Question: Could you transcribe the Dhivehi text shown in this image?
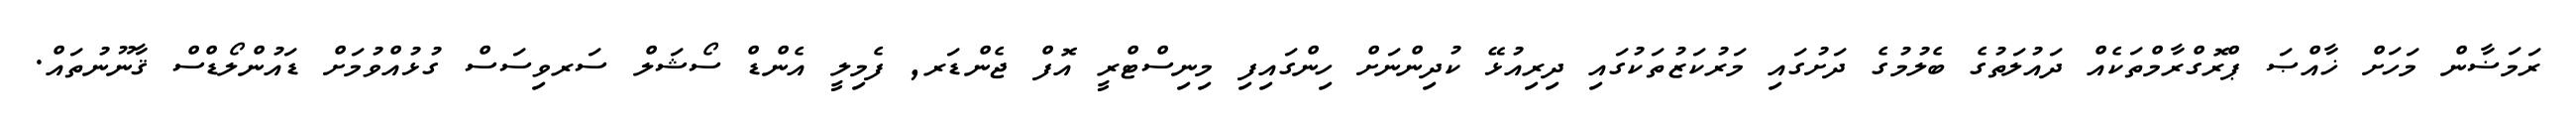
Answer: ރަމަޟާން މަހަށް ޚާއްޞަ ޕްރޮގްރާމްތަކެއް ދައުލަތުގެ ބެލުމުގެ ދަށުގައި މަރުކަޒުތަކުގައި ދިރިއުޅޭ ކުދިންނަށް ހިންގައިފި މިނިސްޓްރީ އޮފް ޖެންޑަރ, ފެމިލީ އެންޑް ސޯޝަލް ސަރވިސަސް ގުޅުއްވުމަށް ޑައުންލޯޑްސް ޤާނޫނުތައް.